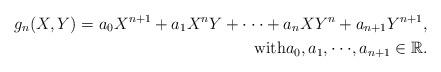
LaTeX: \begin{align*} g_{n}(X, Y) = a_0X^{n+1} + a_1X^{n}Y + \cdot \cdot \cdot + a_nXY^{n} + a_{n+1}Y^{n+1}, \\\mbox{with} a_0, a_1, \cdot \cdot \cdot , a_{n+1} \in {\mathbb R}.\end{align*}